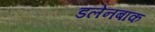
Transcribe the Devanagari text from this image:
डलेनबाक